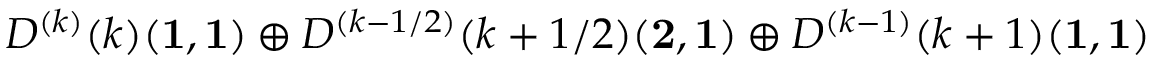
D ^ { ( k ) } ( k ) ( { \bf 1 } , { \bf 1 } ) \oplus D ^ { ( k - 1 / 2 ) } ( k + 1 / 2 ) ( { \bf 2 } , { \bf 1 } ) \oplus D ^ { ( k - 1 ) } ( k + 1 ) ( { \bf 1 } , { \bf 1 } )